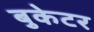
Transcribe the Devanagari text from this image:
बुकेटर